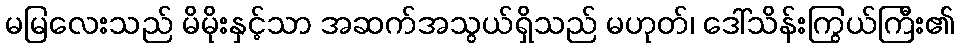
မမြလေးသည် မိမိုးနှင့်သာ အဆက်အသွယ်ရှိသည် မဟုတ်၊ ဒေါ်သိန်းကြွယ်ကြီး၏